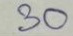
30